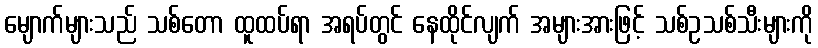
မျောက်များသည် သစ်တော ထူထပ်ရာ အရပ်တွင် နေထိုင်လျက် အများအားဖြင့် သစ်ဥသစ်သီးများကို